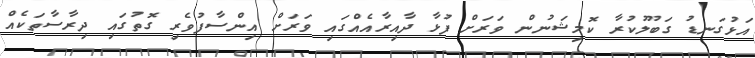
އަޅުގަނޑު ގަބޫލުކުރާ ކޮމިޝަނުން ވަރަށް ފުޅާ ދާއިރާއެއްގައި ވަރަށް އިންސާފުވެރި ގޮތުގައި ދިރާސާތަކެއް